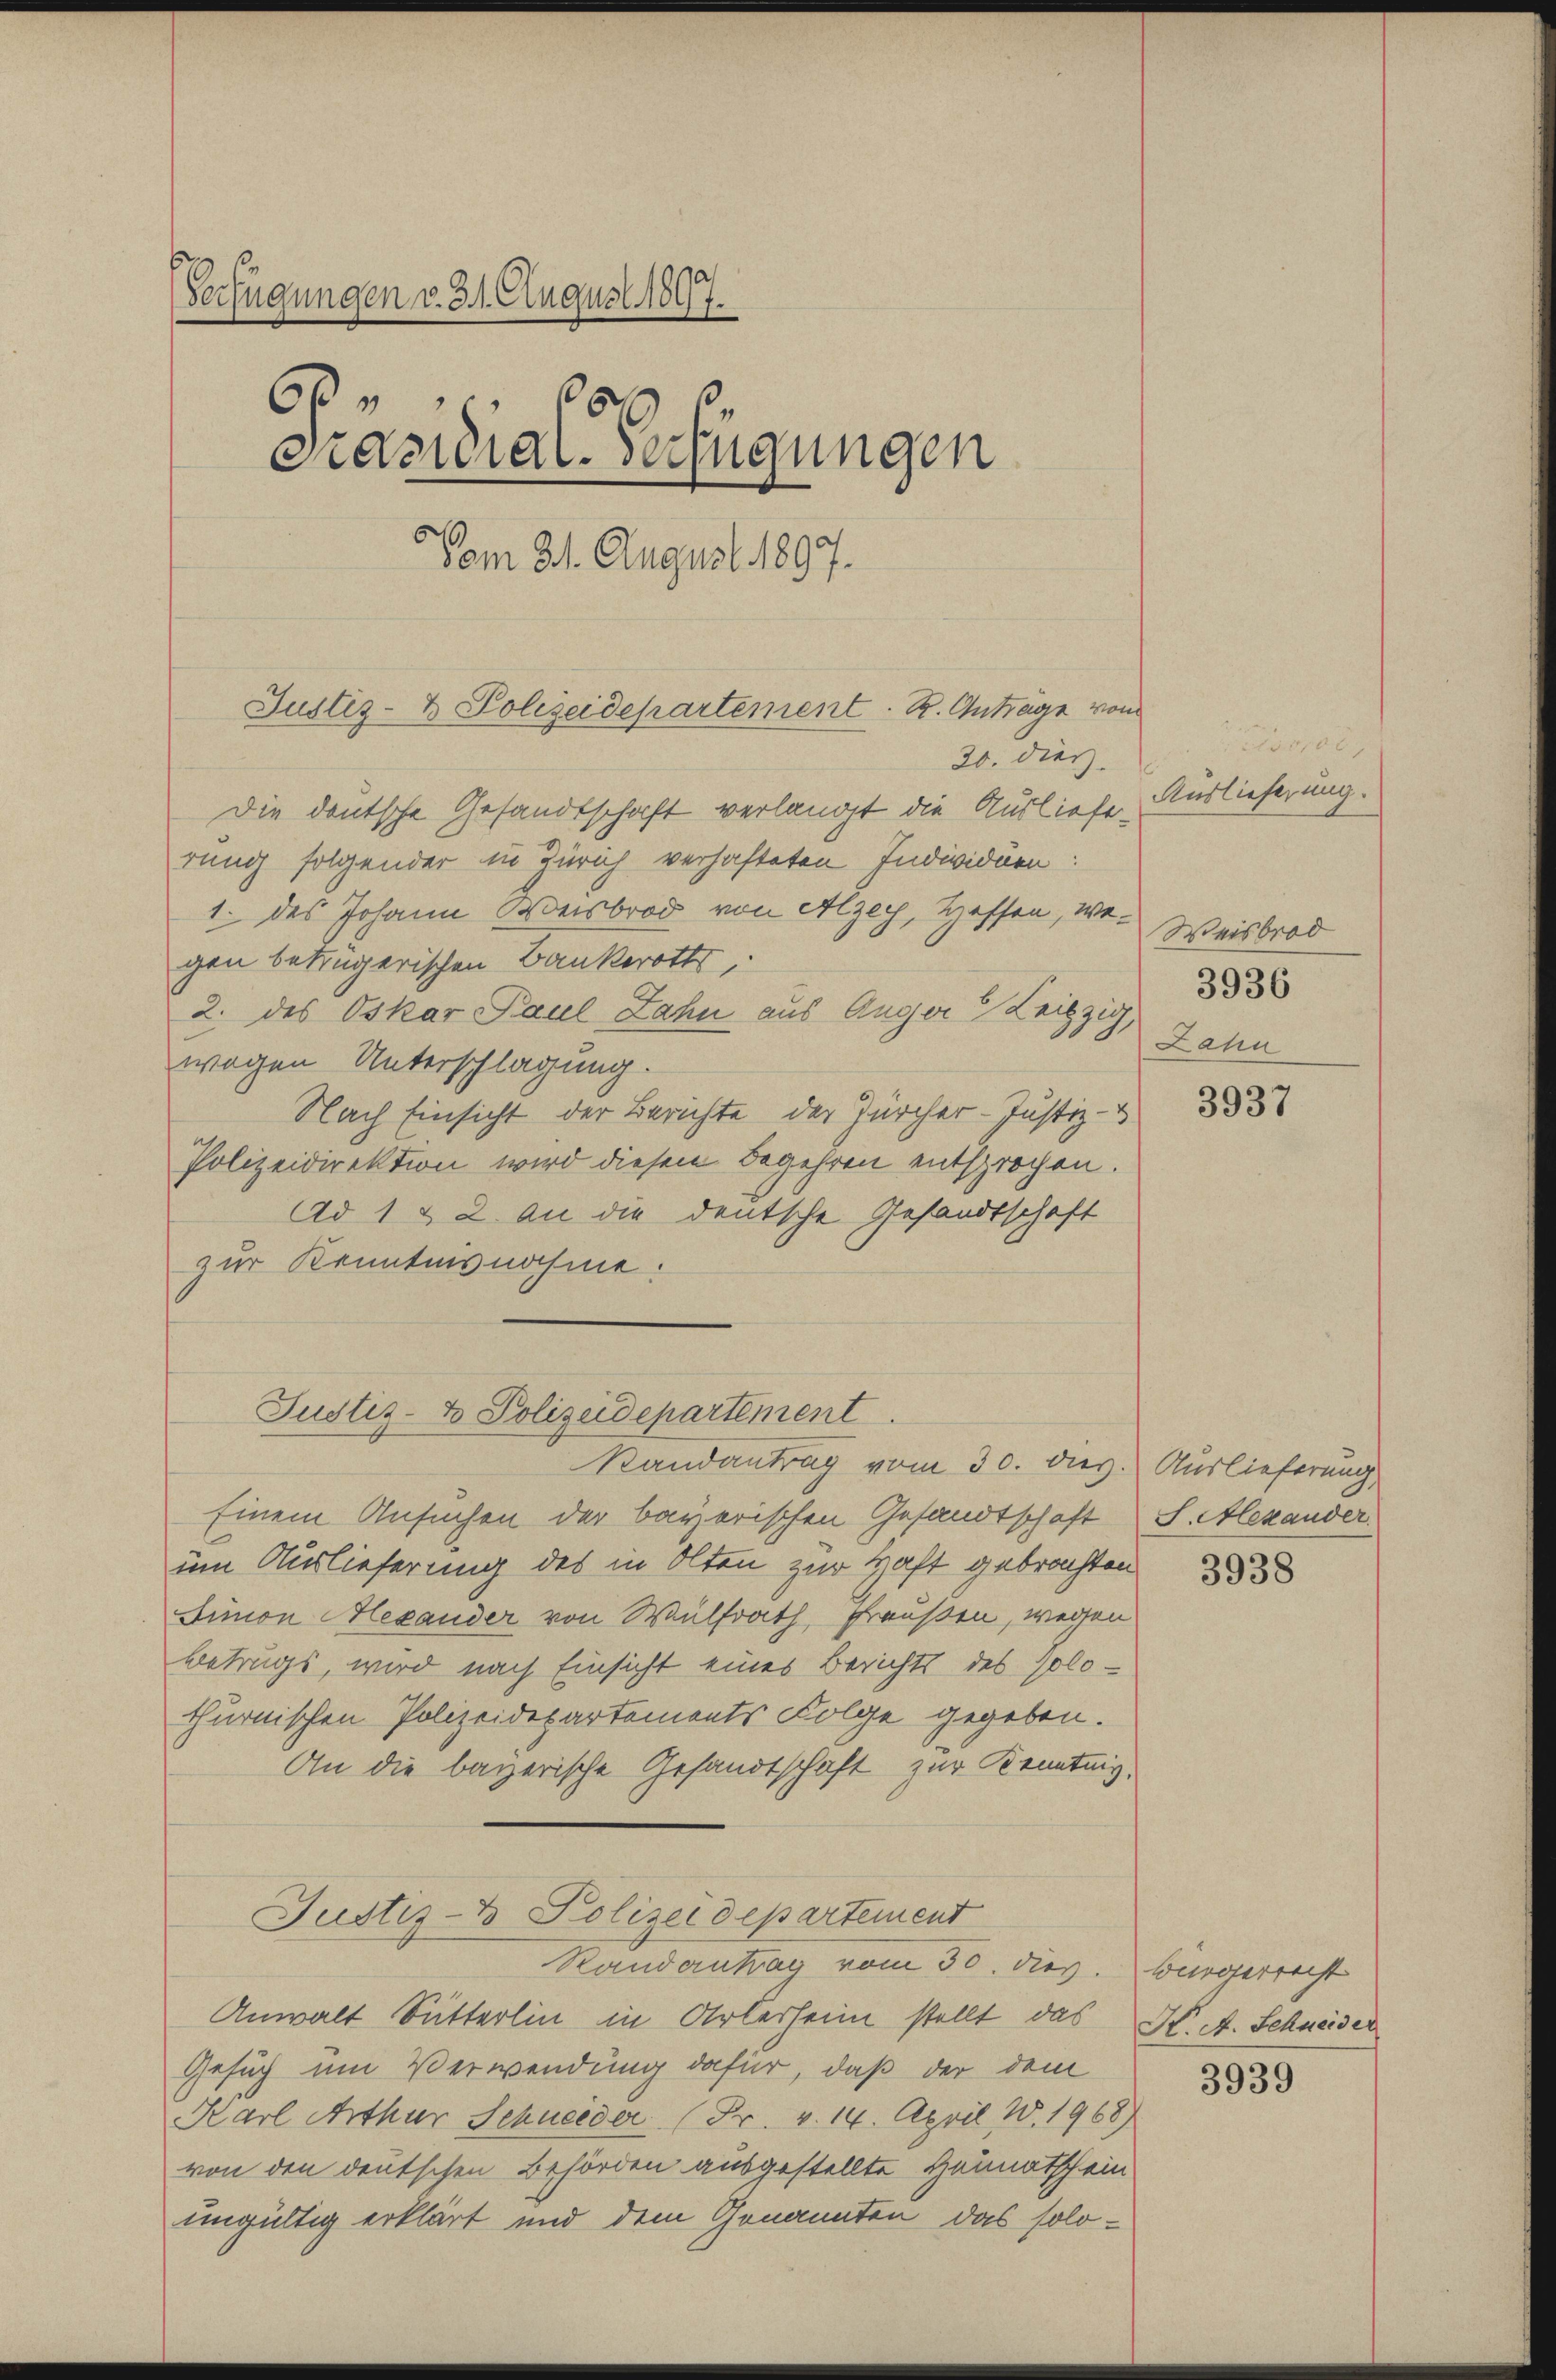
Verfügungen v. 31. August 1897.
6
8
Pasidial-Verfügungen
Vom 21. August 1897.

Justiz- & Polizeidepartement. R. Antrage vom
20. dies

Die deutsche Gesandtschaft verlangt die Auslieferung folgender in Zürich verhafteten Individuen:
1. des Johann Weisbrod von Alzey, Heffen, wegen betrügerischen Bankerotts,
2. des Oskar Paul Lahn aus Auger Leipzig,
wegen Unterschlagung.
Nach Einsicht der Berichte der Zürcher-Justiz-
Polizeidirektion wird diesen Begehren entsprochen.
Ad 1 & 2. An die deutsche Gesandtschaft
zur Kenntnisnahme.
Einem Ansuchen der bayerischen Gesandtschaft S. Alexander
um Auslieferung des in Olten zur Haft gebrachten
Aimon Alexander von Wülfrath, Fraußen, wegen
Betrugs, wird nach Einsicht eines Berichts des Polothurnischen Polizeidepartements Folge gegeben.
An die bayerische Gesandtschaft zur Kenntnig,
Justiz- & Polizeidepartement
Randantrag vom 30. dies. Bürgerrecht
Anwalt Sutterlin in Arlerheim stellt das K. A. Schneider
Gesuch um Verwendung dafür, daß der dem
Karl Arthur Schneider (Fr. v. 14. April W.1968)
von den deutschen Behörden ausgestellte Heimatschein
ungültig erklärt und dem Genannten das solo¬

Justiz- & Polizeidepartement
Randantrag vom 30. dies

oroc
Auslieferung.
Weisbrod
3936
Lahn

3937

Auslieferung

3938

3939